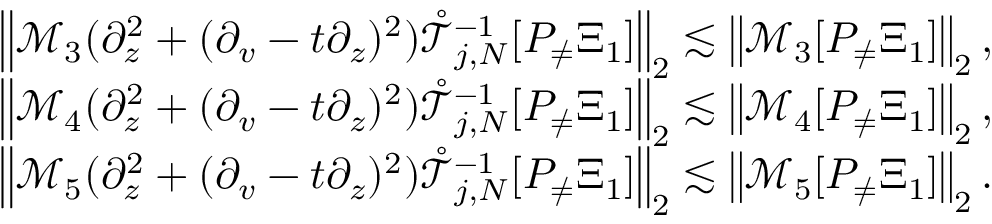
\begin{array} { r } { \left\| \mathcal { M } _ { 3 } ( \partial _ { z } ^ { 2 } + ( \partial _ { v } - t \partial _ { z } ) ^ { 2 } ) \mathring { \mathcal { T } } _ { j , N } ^ { - 1 } [ P _ { \neq } \Xi _ { 1 } ] \right\| _ { 2 } \lesssim \left\| \mathcal { M } _ { 3 } [ P _ { \neq } \Xi _ { 1 } ] \right\| _ { 2 } , } \\ { \left\| \mathcal { M } _ { 4 } ( \partial _ { z } ^ { 2 } + ( \partial _ { v } - t \partial _ { z } ) ^ { 2 } ) \mathring { \mathcal { T } } _ { j , N } ^ { - 1 } [ P _ { \neq } \Xi _ { 1 } ] \right\| _ { 2 } \lesssim \left\| \mathcal { M } _ { 4 } [ P _ { \neq } \Xi _ { 1 } ] \right\| _ { 2 } , } \\ { \left\| \mathcal { M } _ { 5 } ( \partial _ { z } ^ { 2 } + ( \partial _ { v } - t \partial _ { z } ) ^ { 2 } ) \mathring { \mathcal { T } } _ { j , N } ^ { - 1 } [ P _ { \neq } \Xi _ { 1 } ] \right\| _ { 2 } \lesssim \left\| \mathcal { M } _ { 5 } [ P _ { \neq } \Xi _ { 1 } ] \right\| _ { 2 } . } \end{array}